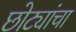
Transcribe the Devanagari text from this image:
छोट्यांचा